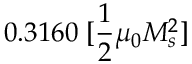
0 . 3 1 6 0 \; [ \frac { 1 } { 2 } \mu _ { 0 } M _ { s } ^ { 2 } ]